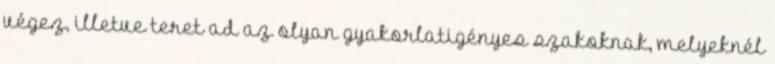
végez, illetve teret ad az olyan gyakorlatigényes szakoknak, melyeknél